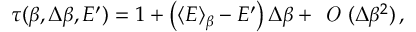
\tau ( \beta , \Delta \beta , E ^ { \prime } ) = 1 + \left( \langle E \rangle _ { \beta } - E ^ { \prime } \right) \Delta \beta + \textit { O } ( \Delta \beta ^ { 2 } ) \, ,